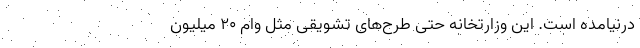
درنیامده است. این وزارتخانه حتی طرح‌های تشویقی مثل وام ۲۰ میلیون